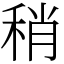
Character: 稍